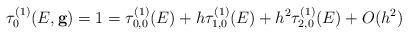
LaTeX: \begin{align*} \tau^{(1)}_0(E,{\bf g})=1= \tau^{(1)}_{0,0} (E)+ h \tau^{(1)}_{1,0} (E)+h^2 \tau^{(1)}_{2,0} (E)+O(h^2) \end{align*}